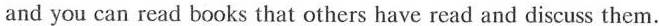
and you can read books that others have read and discuss them.